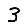
Digit: 3